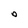
Character: O